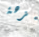
بنزهة